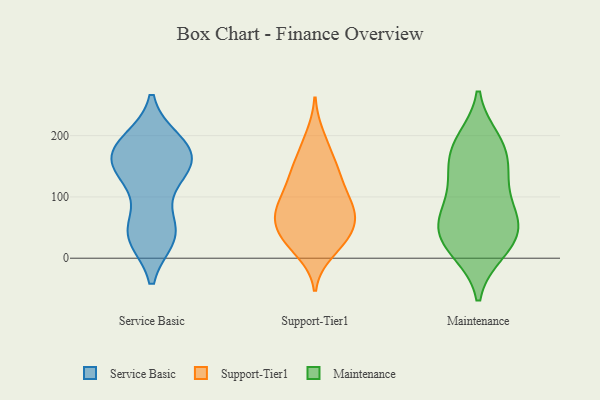
{"axis": {"x": "Revenue (USD Million)", "y": "Value"}, "legend": ["Maintenance", "Service Basic", "Support-Tier1"], "data": [{"x": "", "y": 172, "type": "Service Basic"}, {"x": "", "y": 126, "type": "Service Basic"}, {"x": "", "y": 143, "type": "Service Basic"}, {"x": "", "y": 41, "type": "Service Basic"}, {"x": "", "y": 165, "type": "Service Basic"}, {"x": "", "y": 164, "type": "Service Basic"}, {"x": "", "y": 35, "type": "Service Basic"}, {"x": "", "y": 178, "type": "Service Basic"}, {"x": "", "y": 161, "type": "Service Basic"}, {"x": "", "y": 130, "type": "Service Basic"}, {"x": "", "y": 189, "type": "Service Basic"}, {"x": "", "y": 190, "type": "Service Basic"}, {"x": "", "y": 39, "type": "Service Basic"}, {"x": "", "y": 47, "type": "Service Basic"}, {"x": "", "y": 39, "type": "Service Basic"}, {"x": "", "y": 76, "type": "Support-Tier1"}, {"x": "", "y": 22, "type": "Support-Tier1"}, {"x": "", "y": 198, "type": "Support-Tier1"}, {"x": "", "y": 97, "type": "Support-Tier1"}, {"x": "", "y": 136, "type": "Support-Tier1"}, {"x": "", "y": 80, "type": "Support-Tier1"}, {"x": "", "y": 136, "type": "Support-Tier1"}, {"x": "", "y": 176, "type": "Support-Tier1"}, {"x": "", "y": 43, "type": "Support-Tier1"}, {"x": "", "y": 45, "type": "Support-Tier1"}, {"x": "", "y": 121, "type": "Support-Tier1"}, {"x": "", "y": 11, "type": "Support-Tier1"}, {"x": "", "y": 77, "type": "Support-Tier1"}, {"x": "", "y": 41, "type": "Support-Tier1"}, {"x": "", "y": 148, "type": "Support-Tier1"}, {"x": "", "y": 73, "type": "Support-Tier1"}, {"x": "", "y": 31, "type": "Support-Tier1"}, {"x": "", "y": 80, "type": "Support-Tier1"}, {"x": "", "y": 11, "type": "Maintenance"}, {"x": "", "y": 193, "type": "Maintenance"}, {"x": "", "y": 190, "type": "Maintenance"}, {"x": "", "y": 69, "type": "Maintenance"}, {"x": "", "y": 10, "type": "Maintenance"}, {"x": "", "y": 20, "type": "Maintenance"}, {"x": "", "y": 39, "type": "Maintenance"}, {"x": "", "y": 58, "type": "Maintenance"}, {"x": "", "y": 51, "type": "Maintenance"}, {"x": "", "y": 57, "type": "Maintenance"}, {"x": "", "y": 143, "type": "Maintenance"}, {"x": "", "y": 131, "type": "Maintenance"}, {"x": "", "y": 181, "type": "Maintenance"}, {"x": "", "y": 117, "type": "Maintenance"}, {"x": "", "y": 160, "type": "Maintenance"}, {"x": "", "y": 80, "type": "Maintenance"}]}